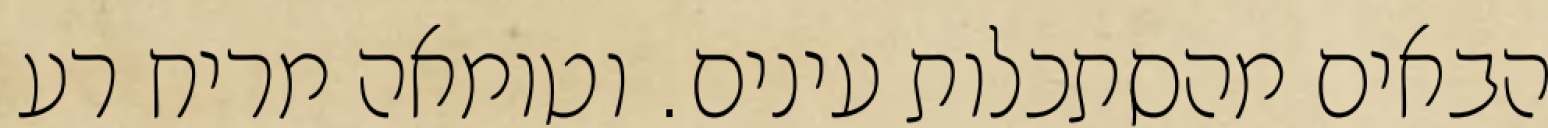
הבאים מהסתכלות עינים. וטומאה מריח רע